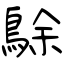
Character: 鵌